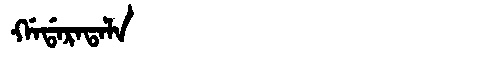
Manchu: ᡤᠠᡩᠠᡵᠠᡨᠠᠯᠠ
Romanization: GADARATALA